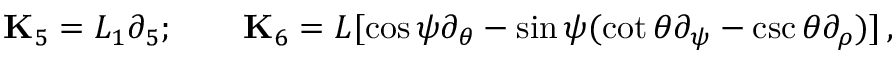
{ \bf K } _ { 5 } = L _ { 1 } \partial _ { 5 } ; \qquad { \bf K } _ { 6 } = L [ \cos \psi \partial _ { \theta } - \sin \psi ( \cot \theta \partial _ { \psi } - \csc \theta \partial _ { \rho } ) ] \, ,